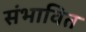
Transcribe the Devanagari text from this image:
संभावित